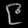
Digit: ၉